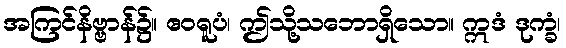
အကြင်နိဗ္ဗာန်၌။ ဧဝရူပံ၊ ဤသို့သဘောရှိသော။ ဣဒံ ဒုက္ခံ၊